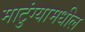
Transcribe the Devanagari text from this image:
माटुंग्यामधील